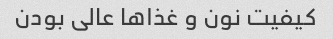
کیفیت نون و غذا‌ها عالی بودن